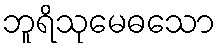
ဘူရိသုမေဓသော